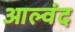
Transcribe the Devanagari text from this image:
आल्वंद